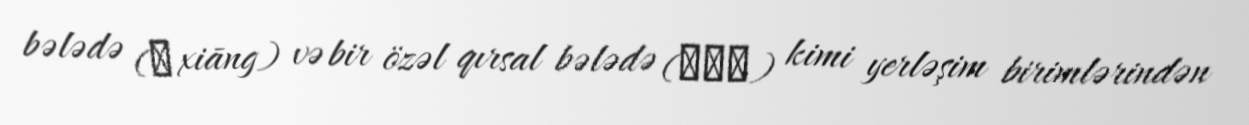
bələdə (乡 xiāng) və bir özəl qırsal bələdə (虚拟乡) kimi yerləşim birimlərindən